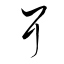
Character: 耳